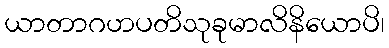
ယာတာဂဟပတိသုခုမာလိနိယောပိ၊